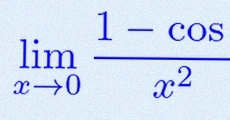
\lim_{x\to0}\frac{1-\cos x}{x^2}=\frac12